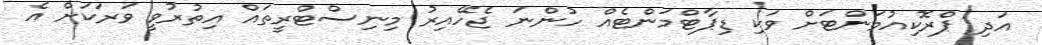
އަދި ޕްރޮކިއުމަންޓަށް ވަކި ޑިޕާޓްމަންޓެއް ހުންނަ ޖެހޭއިރު މިނިސްޓްރީތައް އިތުރުވީ ވަރަކަށް އެ